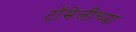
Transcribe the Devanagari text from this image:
टॉमेलीच्या